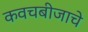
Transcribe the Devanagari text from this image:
कवचबीजाचे